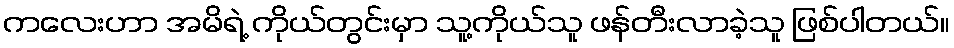
ကလေးဟာ အမိရဲ့ ကိုယ်တွင်းမှာ သူ့ကိုယ်သူ ဖန်တီးလာခဲ့သူ ဖြစ်ပါတယ်။